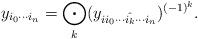
LaTeX: \begin{align*}y_{i_0\cdots i_n} = \bigodot_k (y_{ii_0\cdots\hat{i_k}\cdots i_n})^{(-1)^{k}}.\end{align*}